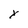
Character: x